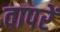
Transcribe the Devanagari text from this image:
वापरें